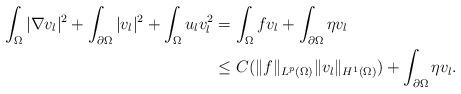
LaTeX: \begin{align*}\begin{aligned}\int_{\Omega}|\nabla v_{l}|^{2}+\int_{\partial\Omega}|v_{l}|^{2}+\int_{\Omega}u_{l}v_{l}^{2}&=\int_{\Omega}fv_{l}+\int_{\partial\Omega}\eta v_{l}\\&\le C(\|f\|_{L^{p}(\Omega)}\|v_{l}\|_{H^{1}(\Omega)})+\int_{\partial\Omega}\eta v_{l}.\end{aligned}\end{align*}